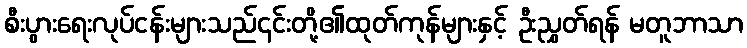
စီးပွားရေးလုပ်ငန်းများသည်၎င်းတို့၏ထုတ်ကုန်များနှင့် ဦးညွှတ်ရန် မတူဘာသာ